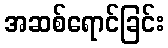
အဆစ်ရောင်ခြင်း